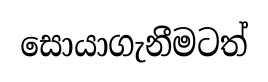
සොයාගැනීමටත්